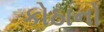
કોઠાનો